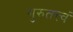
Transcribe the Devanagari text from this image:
गुरुतत्त्वं